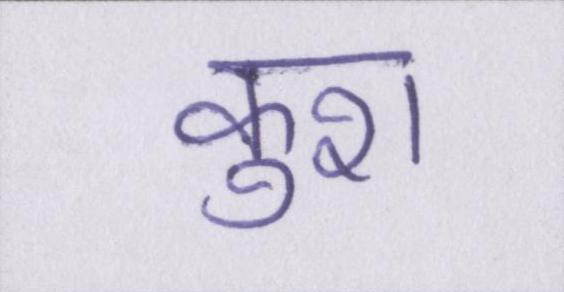
कुश